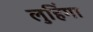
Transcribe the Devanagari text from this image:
लुहिंगा